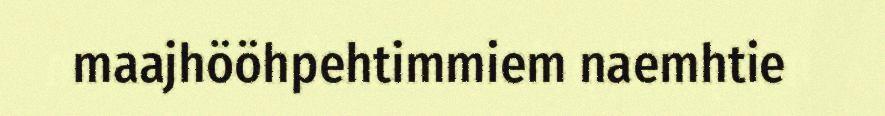
maajhööhpehtimmiem naemhtie